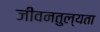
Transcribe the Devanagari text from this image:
जीवनतुल्यता